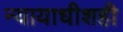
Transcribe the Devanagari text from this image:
न्यायाधीशही